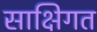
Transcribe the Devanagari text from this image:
साक्षिगत